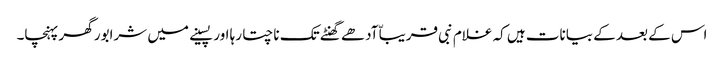
اس کے بعد کے بیانات ہیں کہ غلام نبی قریباّ آدھے گھنٹے تک ناچتا رہا اور پسینے میں شرابور گھر پہنچا۔